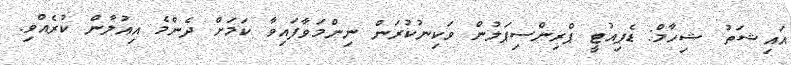
އައިޝަތު ޝިހާމް: ޑެޕިއުޓީ ޕްރިންސިޕަލުން ވަކިނުކުރަން ނިންމަވާފައިވާ ކަމަށް ދެންމެ އިއުލާން ކުރެއްވި.